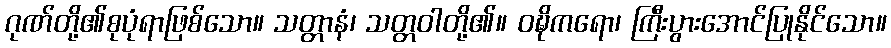
ဂုဏ်တို့၏စုပုံရာဖြစ်သော။ သတ္တာနံ၊ သတ္တဝါတို့၏။ ဝဍ္ဎိကရော၊ ကြီးပွားအောင်ပြုနိုင်သော။